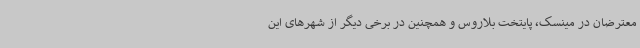
معترضان در مینسک، پایتخت بلاروس و همچنین در برخی دیگر از شهرهای این